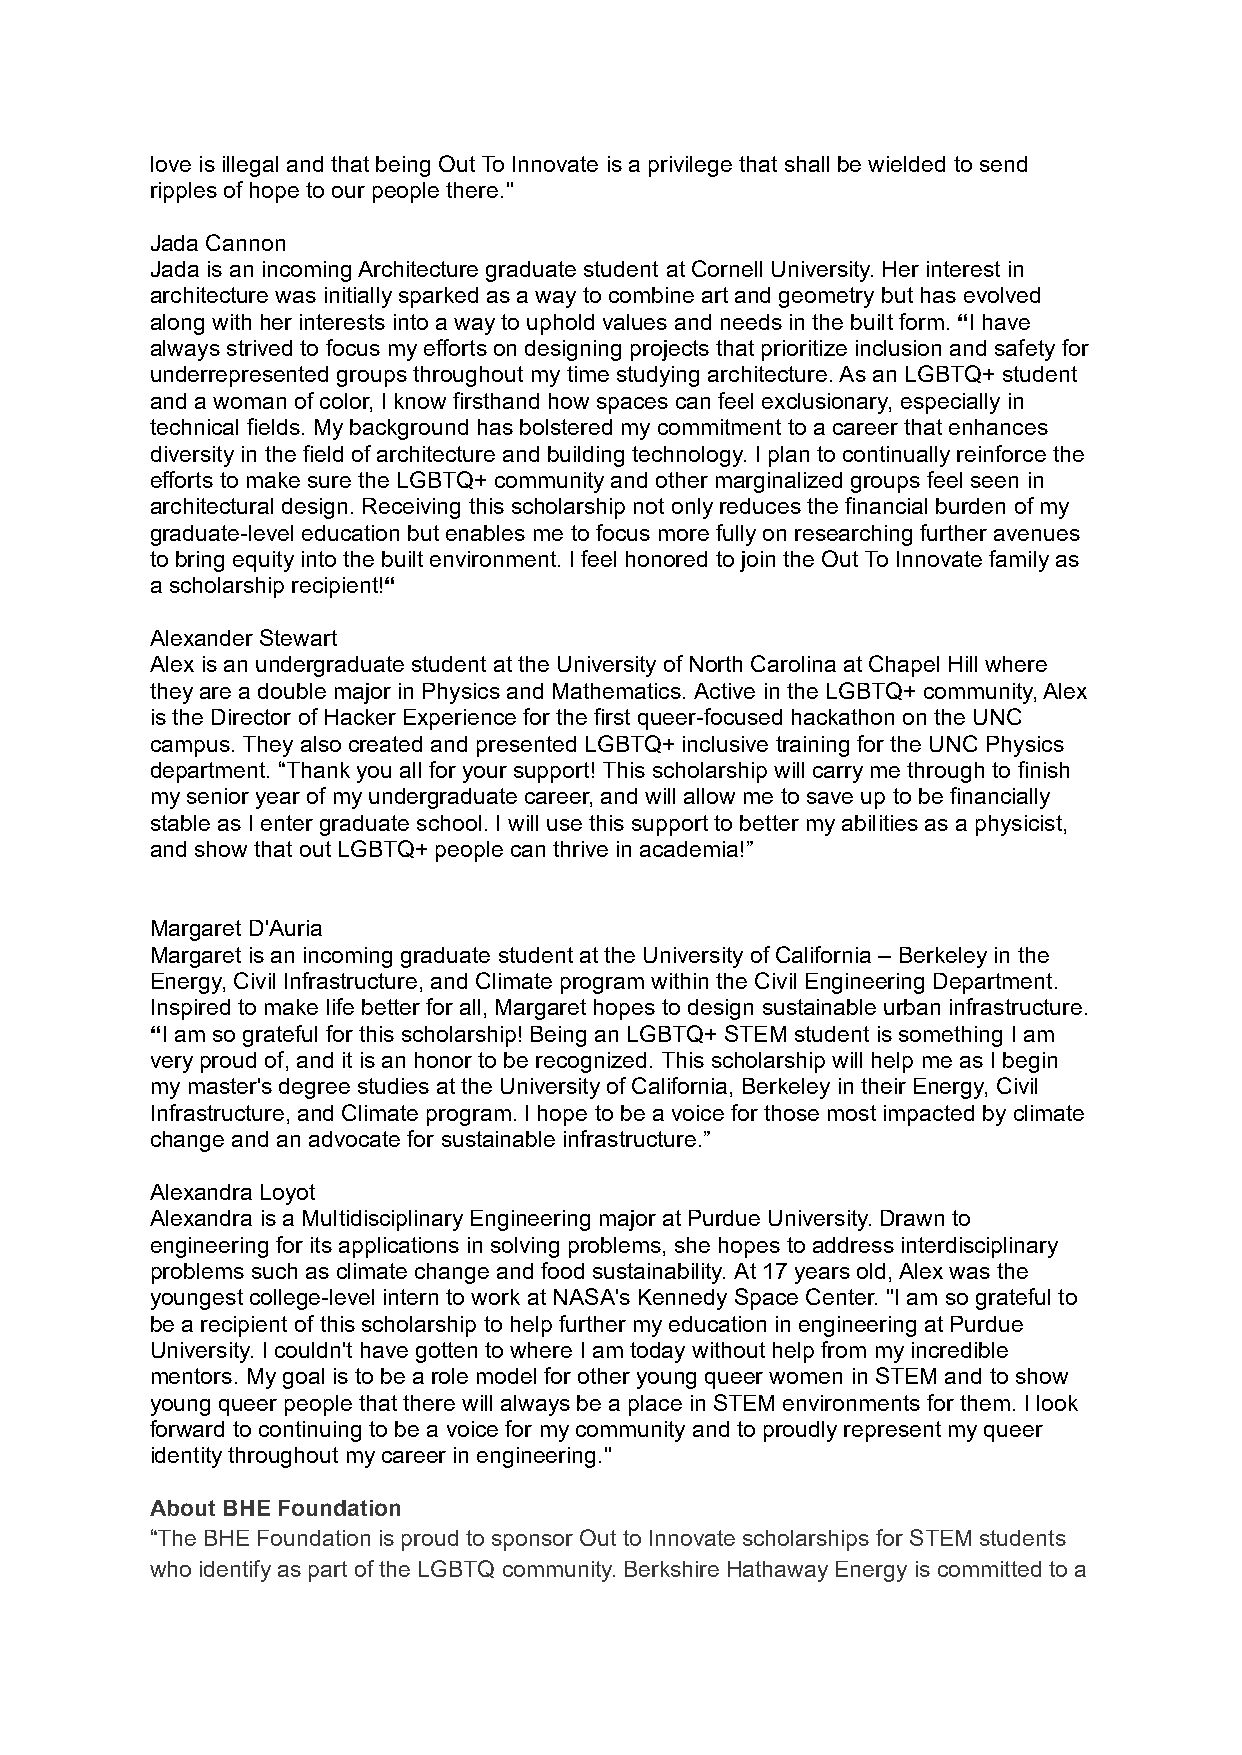
love is illegal and that being Out To Innovate is a privilege that shall be wielded to send
 ripples of hope to our people there."
 Jada Cannon
 Jada is an incoming Architecture graduate student at Cornell University. Her interest in
 architecture was initially sparked as a way to combine art and geometry but has evolved
 along with her interests into a way to uphold values and needs in the built form.“I have
 always strived to focus my efforts on designing projects that prioritize inclusion and safety for
 underrepresented groups throughout my time studying architecture. As an LGBTQ+ student
 and a woman of color, I know firsthand how spaces can feel exclusionary, especially in
 technical fields. My background has bolstered my commitment to a career that enhances
 diversity in the field of architecture and building technology. I plan to continually reinforce the
 efforts to make sure the LGBTQ+ community and other marginalized groups feel seen in
 architectural design. Receiving this scholarship not only reduces the financial burden of my
 graduate-level education but enables me to focus more fully on researching further avenues
 to bring equity into the built environment. I feel honored to join the Out To Innovate family as
 a scholarship recipient!“
 Alexander Stewart
 Alex is an undergraduate student at the University of North Carolina at Chapel Hill where
 they are a double major in Physics and Mathematics. Active in the LGBTQ+ community, Alex
 is the Director of Hacker Experience for the first queer-focused hackathon on the UNC
 campus. They also created and presented LGBTQ+ inclusive training for the UNC Physics
 department. “Thank you all for your support! This scholarship will carry me through to finish
 my senior year of my undergraduate career, and will allow me to save up to be financially
 stable as I enter graduate school. I will use this support to better my abilities as a physicist,
 and show that out LGBTQ+ people can thrive in academia!”
 Margaret D'Auria
 Margaret is an incoming graduate student at the University of California – Berkeley in the
 Energy, Civil Infrastructure, and Climate program within the Civil Engineering Department.
 Inspired to make life better for all, Margaret hopes to design sustainable urban infrastructure.
 “I am so grateful for this scholarship! Being an LGBTQ+ STEM student is something I am
 very proud of, and it is an honor to be recognized. This scholarship will help me as I begin
 my master's degree studies at the University of California, Berkeley in their Energy, Civil
 Infrastructure, and Climate program. I hope to be a voice for those most impacted by climate
 change and an advocate for sustainable infrastructure.”
 Alexandra Loyot
 Alexandra is a Multidisciplinary Engineering major at Purdue University. Drawn to
 engineering for its applications in solving problems, she hopes to address interdisciplinary
 problems such as climate change and food sustainability. At 17 years old, Alex was the
 youngest college-level intern to work at NASA's Kennedy Space Center. "I am so grateful to
 be a recipient of this scholarship to help further my education in engineering at Purdue
 University. I couldn't have gotten to where I am today without help from my incredible
 mentors. My goal is to be a role model for other young queer women in STEM and to show
 young queer people that there will always be a place in STEM environments for them. I look
 forward to continuing to be a voice for my community and to proudly represent my queer
 identity throughout my career in engineering."
 About BHE Foundation
 “The BHE Foundation is proud to sponsor Out to Innovate scholarships for STEM students
 who identify as part of the LGBTQ community. Berkshire Hathaway Energy is committed to a